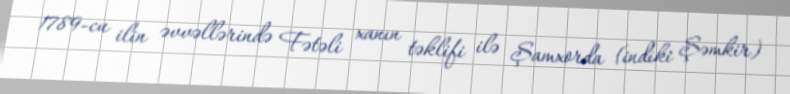
1789-cu ilin əvvəllərində Fətəli xanın təklifi ilə Şamxorda (indiki Şəmkir)